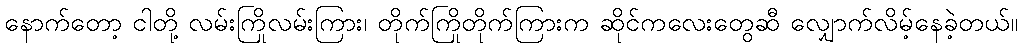
နောက်တော့ ငါတို့ လမ်းကြိုလမ်းကြား၊ တိုက်ကြိုတိုက်ကြားက ဆိုင်ကလေးတွေဆီ လျှောက်လိမ့်နေခဲ့တယ်။